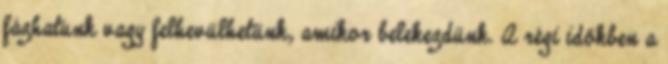
fázhatunk vagy felhevülhetünk, amikor belekezdünk. A régi időkben a